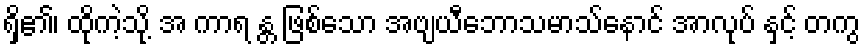
ရှိ၏၊ ထိုကဲ့သို့ အ ကာရ န္တ ဖြစ်သော အဗျယီဘောသမာသ်နောင် အာလုပ် နှင့် တကွ